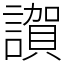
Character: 𧬂